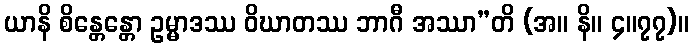
ယာနိ စိန္တေန္တော ဥမ္မာဒဿ ဝိဃာတဿ ဘာဂီ အဿာ”တိ (အ။ နိ။ ၄။၇၇)။